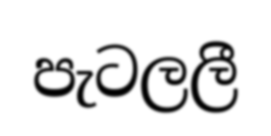
පැටලලී